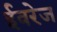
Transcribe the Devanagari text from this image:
ईवरेज